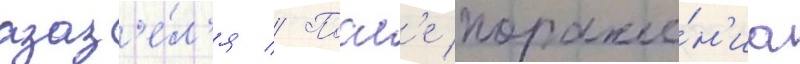
азаз'е́л'я // Посл'е пораже́н'иа